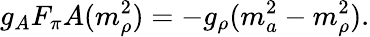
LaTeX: g_{A}F_{\pi}A(m_{\rho}^{2})=-g_{\rho}(m_{a}^{2}-m_{\rho}^{2}).